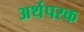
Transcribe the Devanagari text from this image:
अर्थपरक